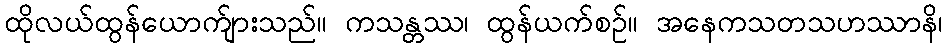
ထိုလယ်ထွန်ယောက်ျားသည်။ ကသန္တဿ၊ ထွန်ယက်စဉ်။ အနေကသတသဟဿာနိ၊